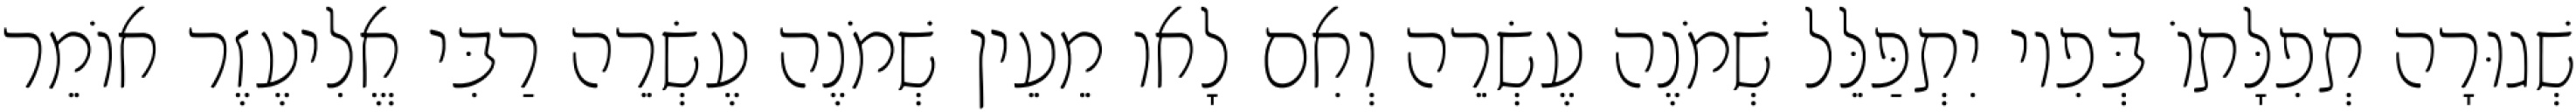
שְׁגוּרָה תְפִלָּתוֹ בְּפִיו יִתְפַּלֵּל שְׁמֹנֶה עֶשְׂרֵה וְאִם לָאו מֵעֵין שְׁמֹנֶה עֶשְׂרֵה רַבִּי אֱלִיעֶזֶר אוֹמֵר